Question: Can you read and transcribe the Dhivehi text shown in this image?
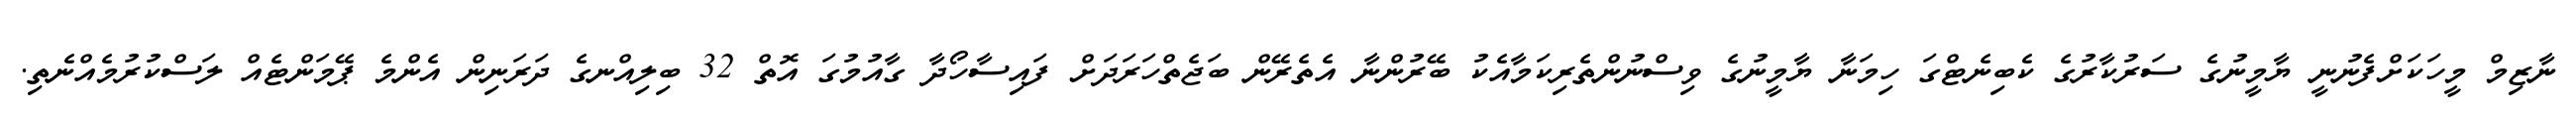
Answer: ނާޒިމް މީހަކަށްފެނުނީ ޔާމީނުގެ ސަރުކާރުގެ ކެބިނެޓްގަ ހިމަނާ ޔާމީނުގެ ވިސްނުންތެރިކަމާއެކު ބޭރުންނާ އެތެރޭން ބަޖެތްހަރަދަށް ފައިސާހޯދާ ގާއުމުގަ އޮތް 32 ބިލިއްނގެ ދަރަނިން އެންމެ ޕޭމަންޓެއް ލަސްކުރުމެއްނެތި.